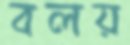
বলয়